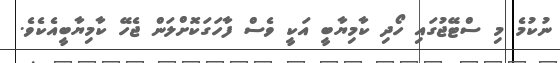
ނުކުމެ މި ސްޓޭޖުގައި ހޯދި ކާމިޔާބީ އަކީ ވެސް ފާހަގަކޮށްލަން ޖެހޭ ކާމިޔާބީއެކެވެ.